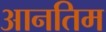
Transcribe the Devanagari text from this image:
आनतिम